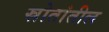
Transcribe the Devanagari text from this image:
स्रोतांतील